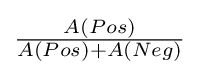
{\tfrac {A(Pos)}{A(Pos)+A(Neg)}}